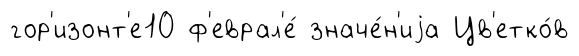
гор'изонт'е10 ф'еврал'е́ значе́н'иjа Цв'етко́в